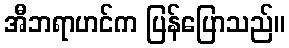
အီဘရာဟင်က ပြန်ပြောသည်။